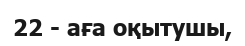
22 - аға оқытушы,